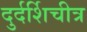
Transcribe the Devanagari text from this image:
दुर्दर्शिचीत्र